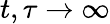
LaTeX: t,\tau\rightarrow\infty